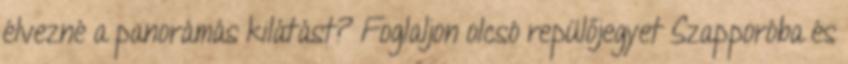
élvezné a panorámás kilátást? Foglaljon olcsó repülőjegyet Szapporóba és